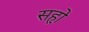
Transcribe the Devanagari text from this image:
सहृो